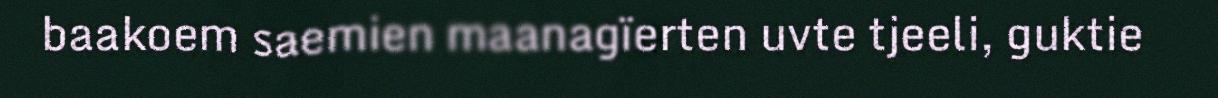
baakoem saemien maanagïerten uvte tjeeli, guktie